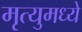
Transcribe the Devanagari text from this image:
मृत्युमध्ये